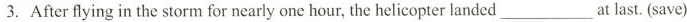
3. After flying in the storm for nearly one hour, the helicopter landed ___ at last.(save)